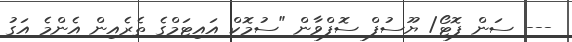
--- ސަން ފޮޓޯ/ ޔޫސުފް ސޮފްވާން "ސުމޮކް އައިޓަމްގެ ތެރެއިން އެންމެ އަގު